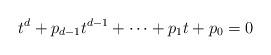
LaTeX: \begin{align*}t^d+p_{d-1}t^{d-1}+\dots+p_1t+p_0=0\end{align*}